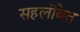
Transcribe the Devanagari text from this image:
सहलंबित